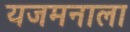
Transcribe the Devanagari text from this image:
यजमनाला